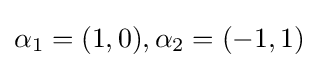
\alpha _{1}=(1,0),\alpha _{2}=(-1,1)